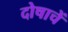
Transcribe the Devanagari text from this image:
दोषाचें